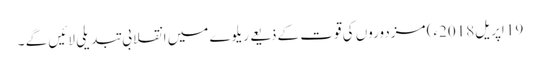
19 اپریل2018ء) مزدوروں کی قوت کے ذیعے ریلوے میں انقلابی تبدیلی لائیں گے ۔